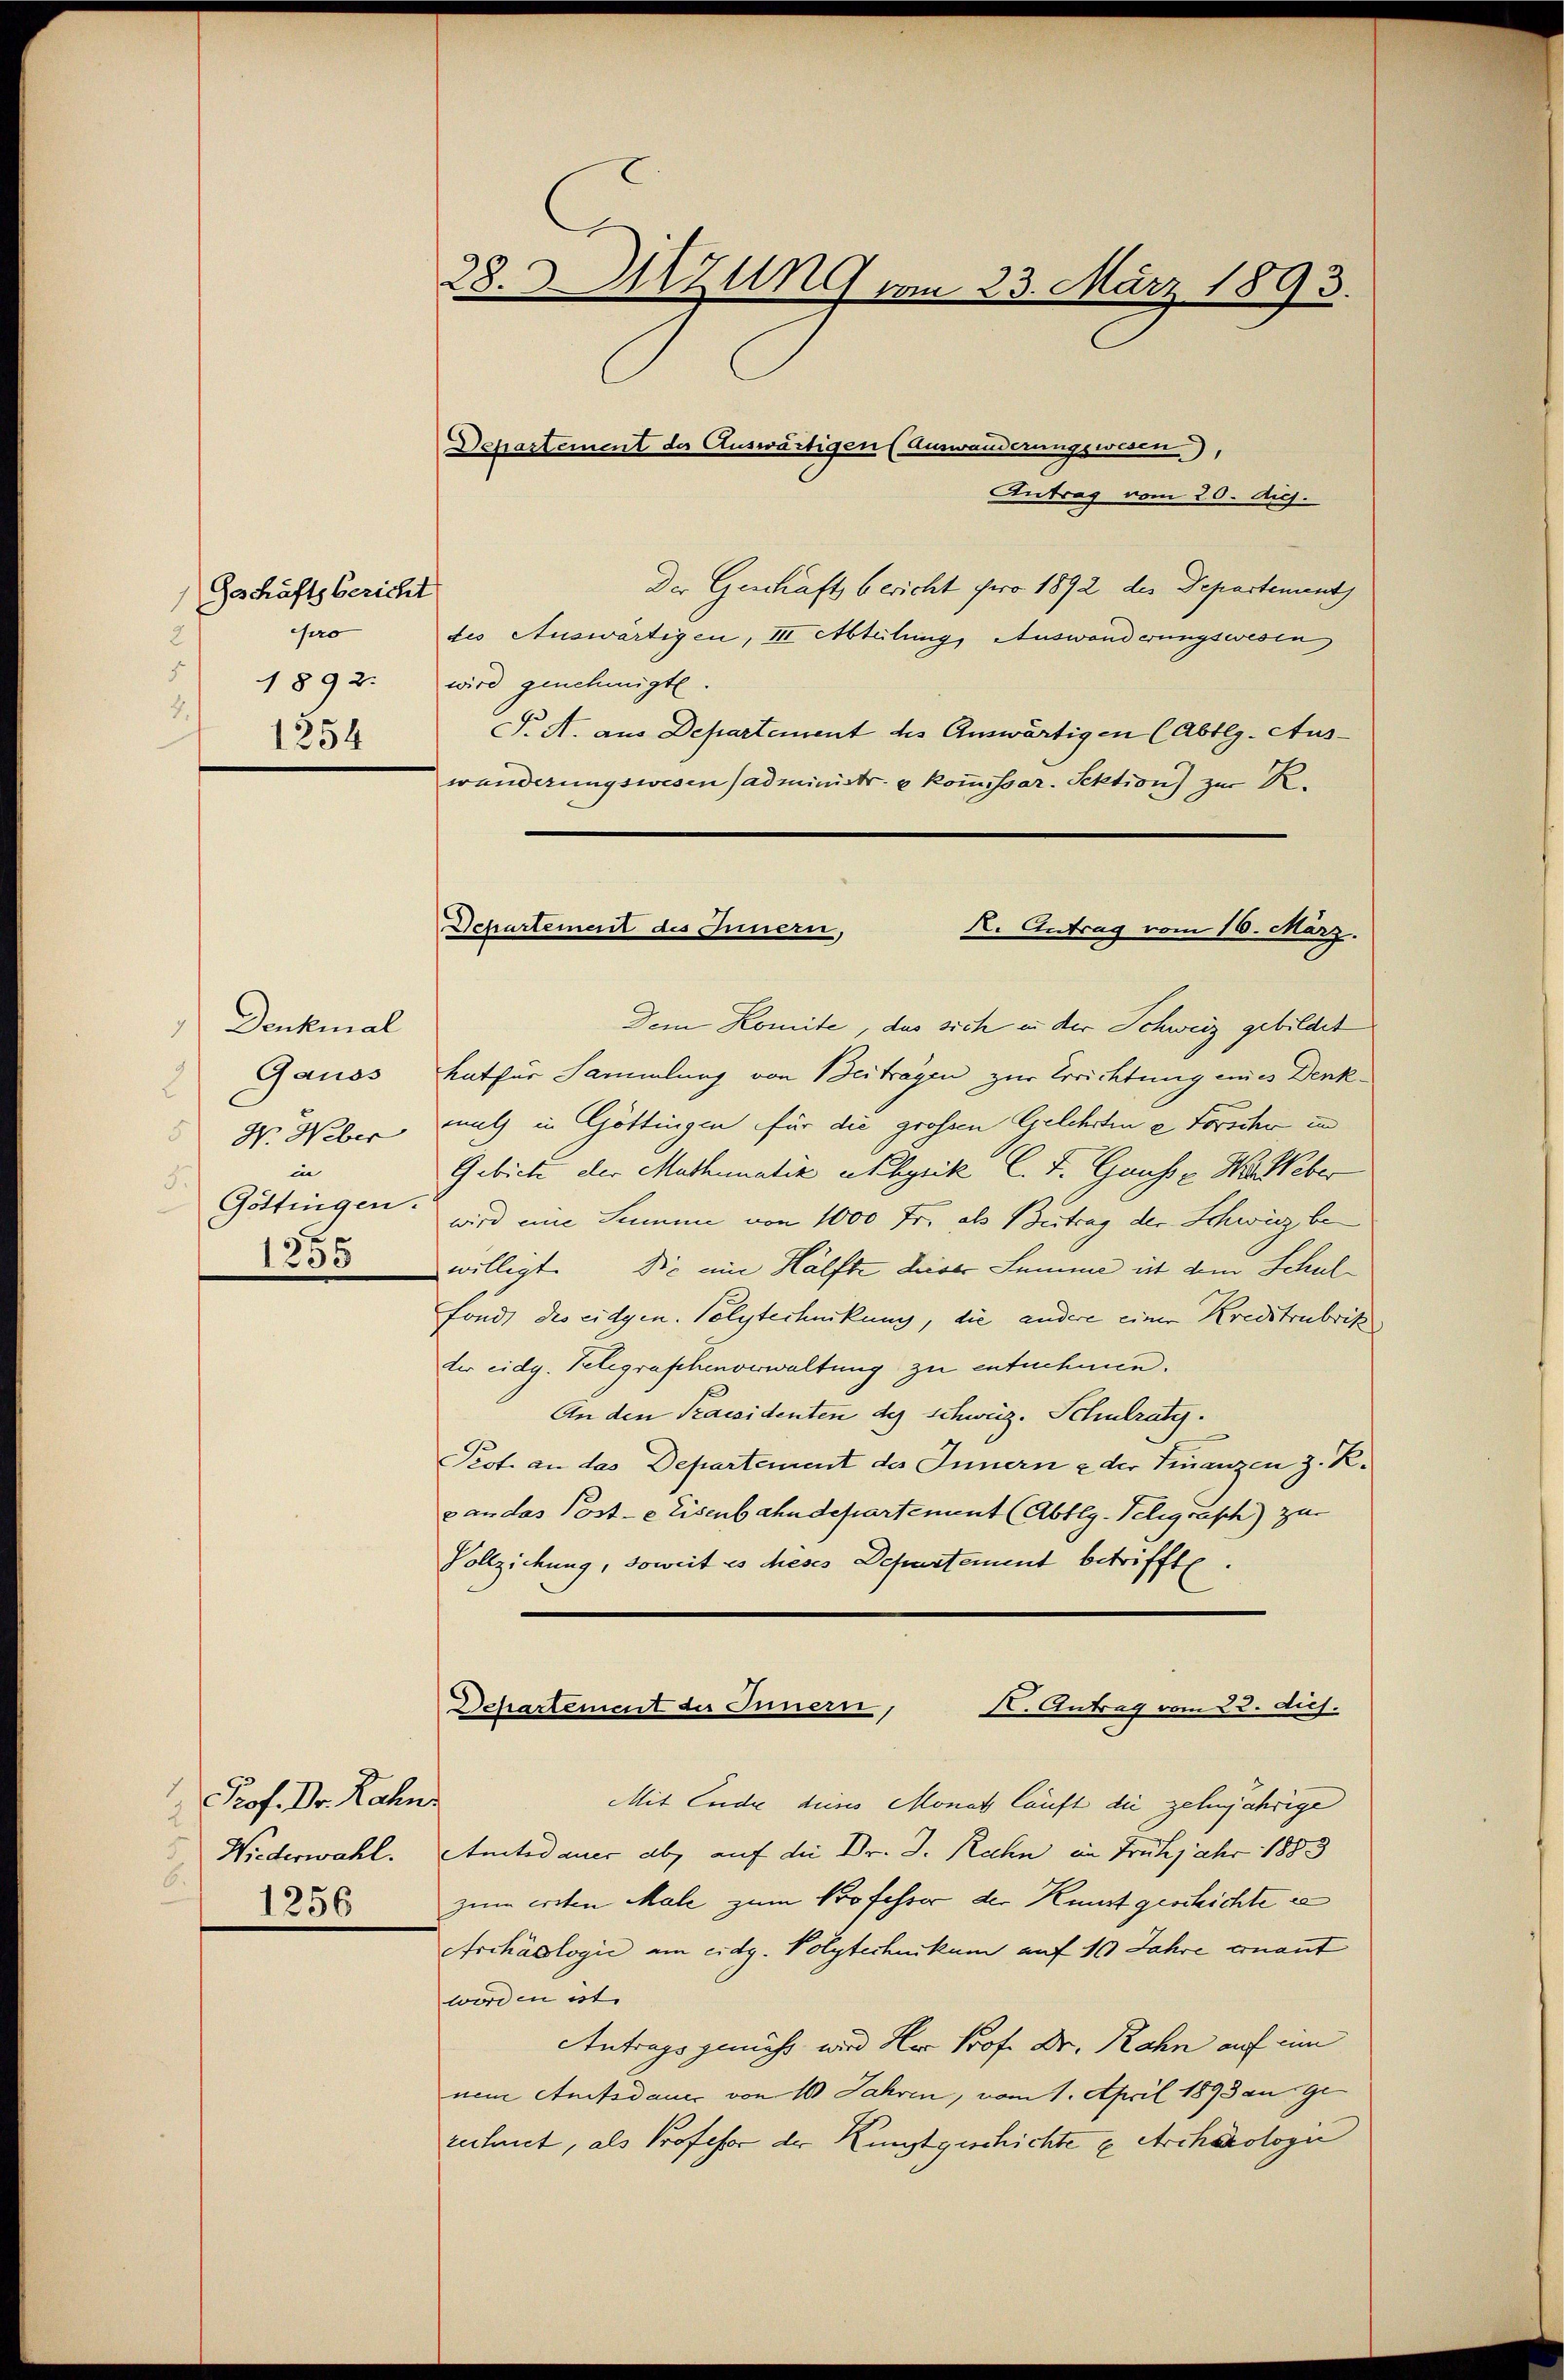
Geschäftsbericht
pro
2
1892.
4.
1254

Denkmal
Gauss
d
Gr. Weber
in
3.
Göttingen.
1255

Prof. Dr. Rahn.
Niederwahl.
1256

28. Sitzung vom 23. März 1893.
Departement der Auswärtigen (Auswanderungswesen),
Antrag vom 20. Aug.

Der Geschaft bericht pro 1892 des Departement
des Auswärtigen, III Abteilung, Auswanderungswesen
wird genehmigte.
T. A. aus Departement des Auswärtigen (Abtlg. Auswanderungswesen (administr. u kommissar. Sektion) zur R.

Schartemnit des Innern,
X. Antrag vom 16. März.

Dem Komite, das sich in der Schweiz gebildet
hnther Sammlung von Beitragen zur Errichtung eines Denkmuth in Göttingen für die grossen Gelehrten e Forscher und
Gebiete der Mathematik Mhysik C. F. Gauss z. Wo Weber
wird eine Summe von 1000 Fr. als Beitrag der Schweiz be
willigt. Sie eine Hälfte dieser Summe ist dem Schul
Fonds des eidgen. Polytechnikung, die andere einer Kreistrubrik
der eidg. Telegraschenverwaltung zu entnehmen.
An den Praesidenten des schweiz. Schulraty.
Pest an das Departement des Innern & der Finanzen z. R.
z an das Post-e Eisenbahndepartement (Abtlg. Telegrasch) zur
Vollziehung, soweit es dieses Departement betriffte.
Dchartement der Innern, K. Antrag vom 22. dies.
Mit Ende deines Monats lauft die zehnjährige
Amtsdauer ab, auf die Dr. J. Rechn im Frühjahr 1883
zum ersten Male zum Professor der Kunst geschichte ic
Archäologić am eidg. Polytechnikum auf 10 Jahre ernant
wirden ist.
Antragsgemäß wird Her Prof. Dr. Rahn auf ein
nem Amtsdauer von 10 Jahren, vom 1. April 1893 an gerechnet, als Professor der Kunstgeschichte l. Archäologi